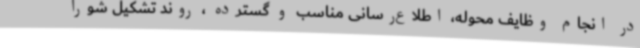
در انجام وظایف محوله، اطلاع‌رسانی مناسب و گسترده ، روند تشکیل شورا